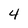
Character: 4